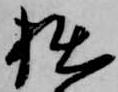
拙